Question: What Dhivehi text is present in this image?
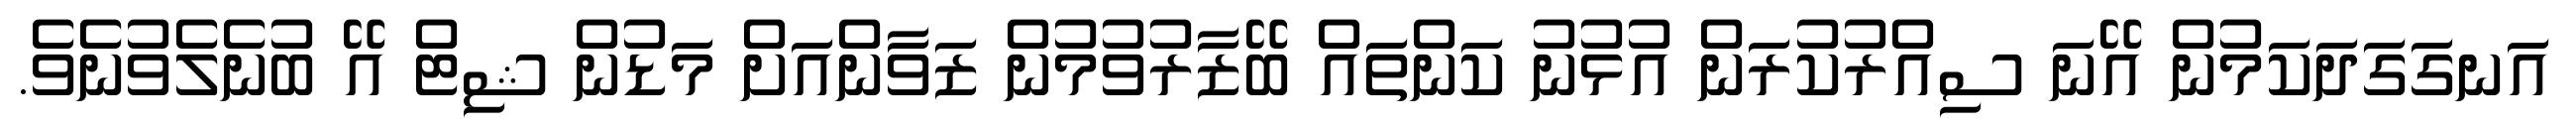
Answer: އަނގަގަދަކަމުން އޭނަ ސިއްރުކުރަން އުޅުނު ކަންތައް ބޭޒާރުވުމުން ޒަވާންއަށް މަޑުން ޝިޓް އޭ ބުނެލެވުނެވެ.